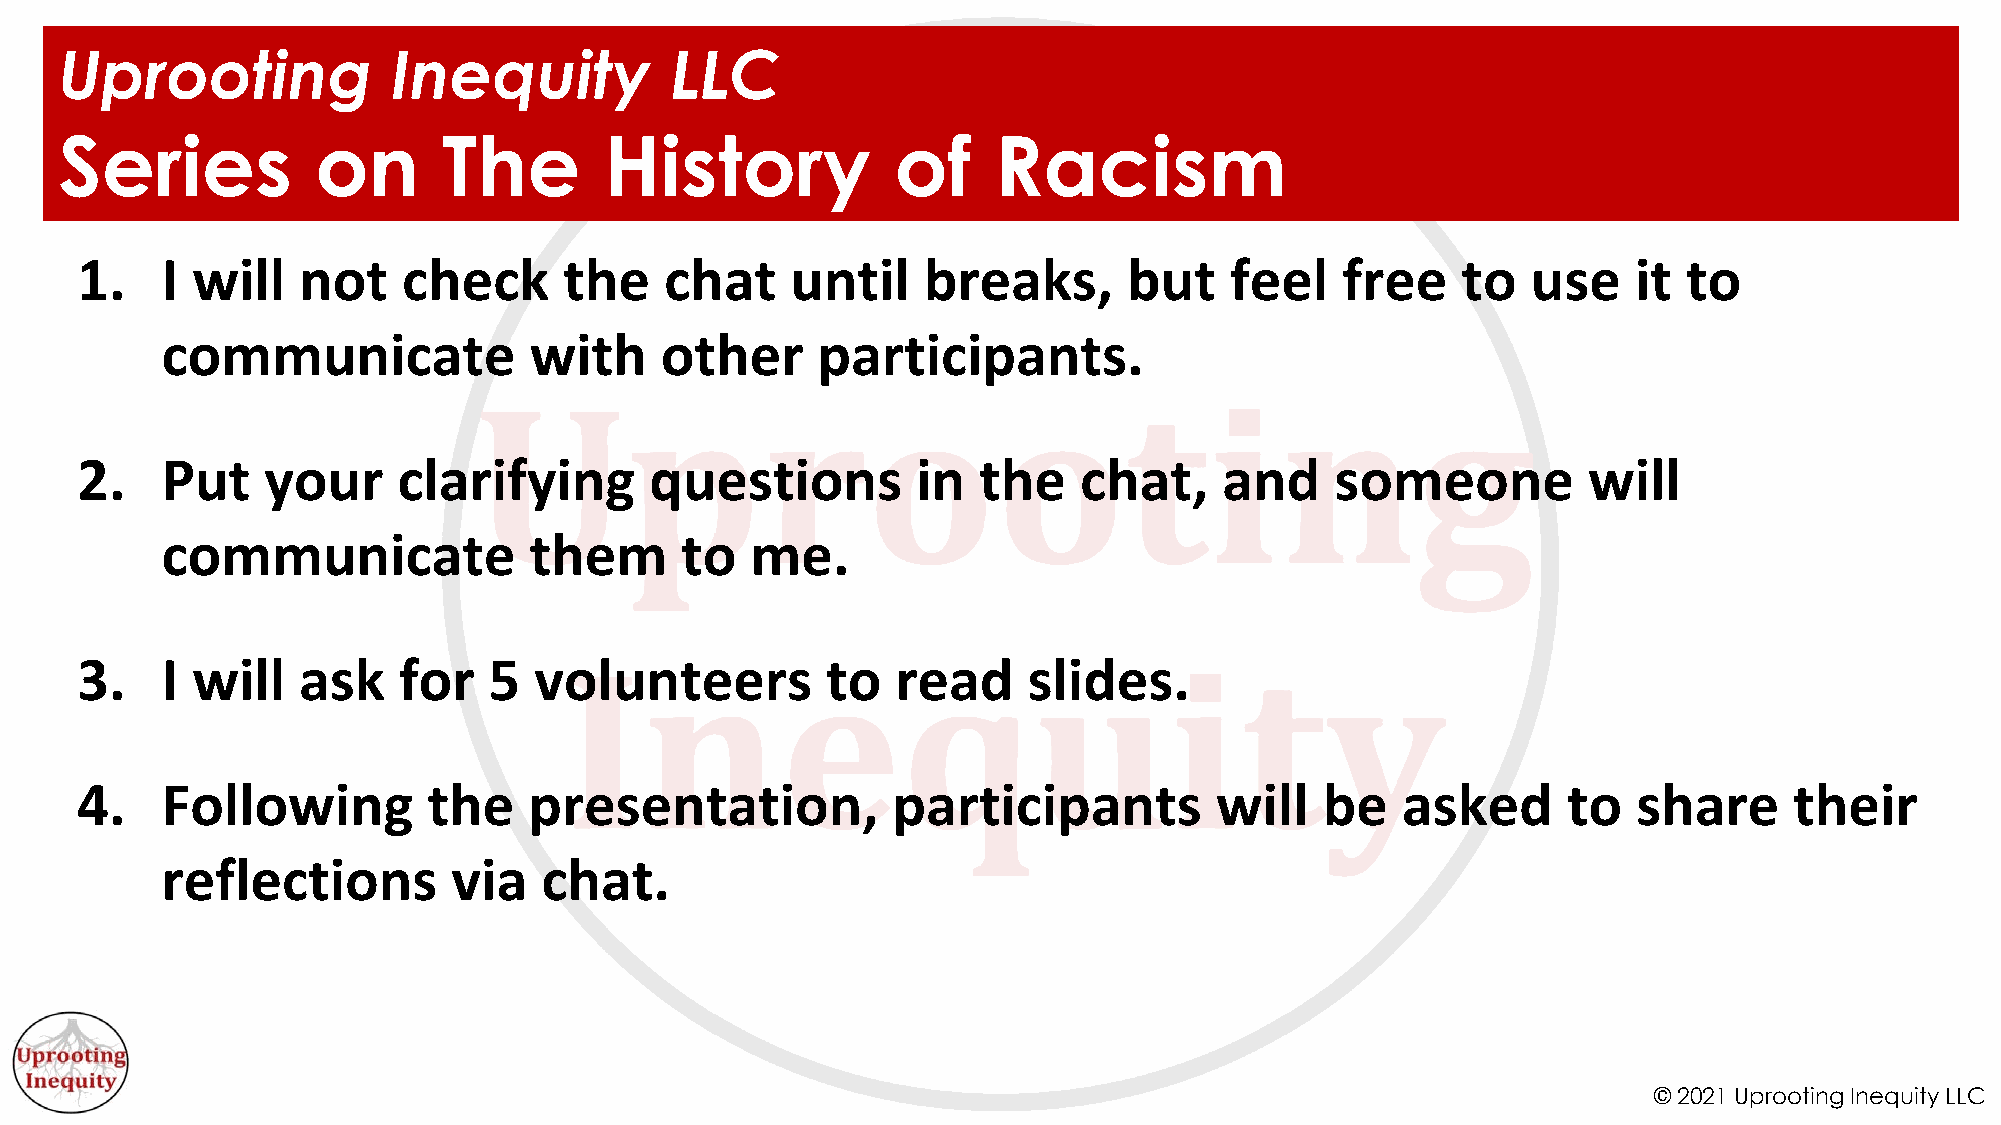
Uprooting             Inequity          LLC
 Series           on      The        History            of     Racism
 1.    I will   not    check     the    chat    until    breaks,       but   feel    free    to  use    it  to
 communicate             with     other     participants.
 2.    Put   your     clarifying       questions         in  the   chat,     and    someone          will
 communicate             them      to   me.
 3.    I will   ask   for   5  volunteers          to  read     slides.
 4.    Following        the    presentation,           participants         will    be   asked      to  share      their
 reflections        via   chat.
 © 2021 Uprooting Inequity LLC